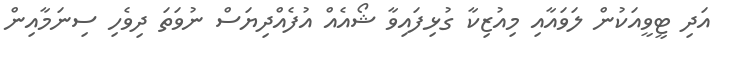
އަދި ޓީވީއަކުން ލަވައާއި މިއުޒިކާ ގުޅިފައިވާ ޝޯއެއް އުފެއްދިޔަސް ނުވަތަ ދިވެހި ސިނަމާއިން